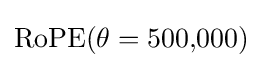
\operatorname {RoPE} (\theta =500{,}000)